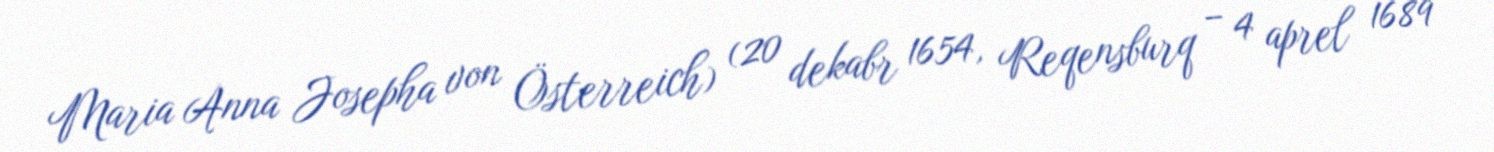
Maria Anna Josepha von Österreich) (20 dekabr 1654, Reqensburq – 4 aprel 1689